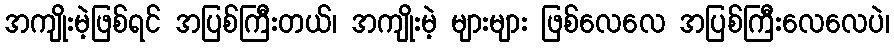
အကျိုးမဲ့ဖြစ်ရင် အပြစ်ကြီးတယ်၊ အကျိုးမဲ့ များများ ဖြစ်လေလေ အပြစ်ကြီးလေလေပဲ၊